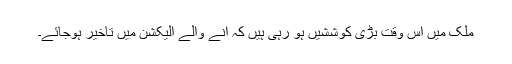
ملک میں اس وقت بڑی کوششیں ہو رہی ہیں کہ آنے والے الیکشن میں تاخیر ہوجائے۔